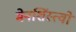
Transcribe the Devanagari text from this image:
मेनशिंस्त्वों